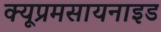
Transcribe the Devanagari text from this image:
क्यूप्रमसायनाइड